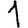
Digit: 1